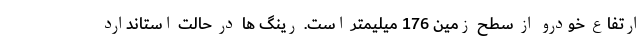
ارتفاع خودرو از سطح زمین 176 میلیمتر است. رینگ ها در حالت استاندارد